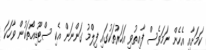
ކަމަށާއި އެހެން ނަމަވެސް ފާއިތުވި އަހަރުތަކުގައި ފިލްމު ގަންނަން އެކި ސްޓޫޑިއޯތަކުން ވާހަކަ